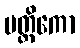
ပတ္တိကော